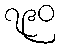
၇၉၀